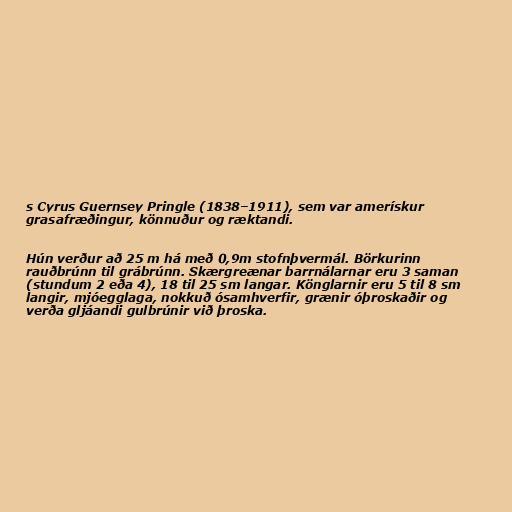
s Cyrus Guernsey Pringle (1838–1911), sem var amerískur
grasafræðingur, könnuður og ræktandi.

Hún verður að 25 m há með 0,9m stofnþvermál. Börkurinn
rauðbrúnn til grábrúnn. Skærgreænar barrnálarnar eru 3 saman
(stundum 2 eða 4), 18 til 25 sm langar. Könglarnir eru 5 til 8 sm
langir, mjóegglaga, nokkuð ósamhverfir, grænir óþroskaðir og
verða gljáandi gulbrúnir við þroska.